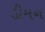
ડીમન